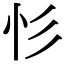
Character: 𢒆